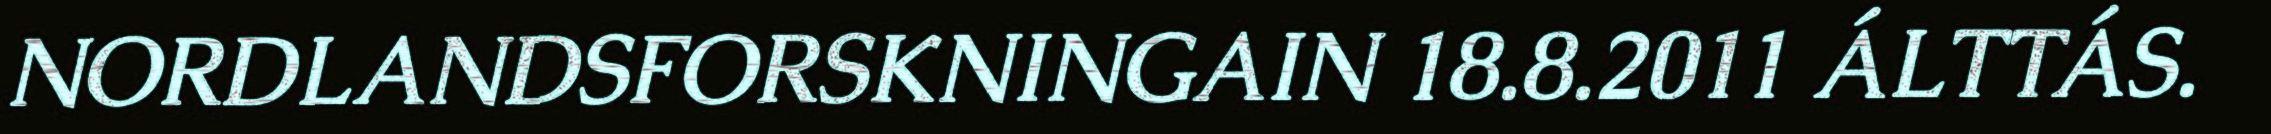
NORDLANDSFORSKNINGAIN 18.8.2011 ÁLTTÁS.